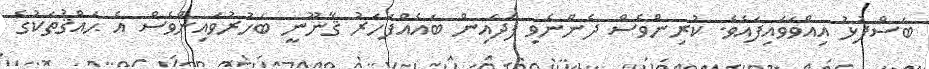
ބަސްފުޅު އިއްވަވައިފައެވެ. ކުރިންވެސް ދެންނެވި ފަދައިން ބައެއްފަހަރު ޤާނޫނީ ބަހުރުވައިންވެސް އެ ޙައްޤުތަކުގެ